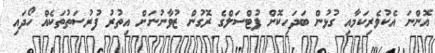
އޮންނަ އެކުވެރިކަމާއި ގުޅުން ބަދަހިކޮށް ފުޓްސަލްގެ ރޮގުން ޒުވާނުނަށް އިތުރު ފުރުސަތުތަކެއް ހޯދައި